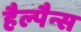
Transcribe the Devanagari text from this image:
हैल्पैन्स